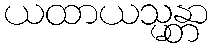
ယထာယသ္မန္တာ